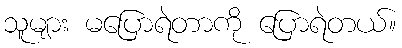
သူများ မပြောရဲတာကို ပြောရဲတယ်။